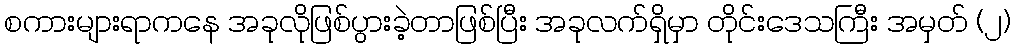
စကားများရာကနေ အခုလိုဖြစ်ပွားခဲ့တာဖြစ်ပြီး အခုလက်ရှိမှာ တိုင်းဒေသကြီး အမှတ် (၂)